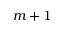
m + 1